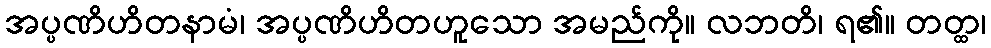
အပ္ပဏိဟိတနာမံ၊ အပ္ပဏိဟိတဟူသော အမည်ကို။ လဘတိ၊ ရ၏။ တတ္ထ၊